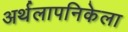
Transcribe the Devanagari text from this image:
अर्थलापनिकेला